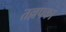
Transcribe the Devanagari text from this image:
तल्लपका